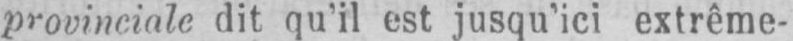
provinciale dit qu’il est jusqu’ici extrême-